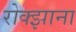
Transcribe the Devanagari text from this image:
रोक्झाना